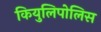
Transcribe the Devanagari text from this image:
कियुलिपोलिस